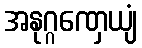
အနုဂ္ဂဏှေယျံ